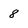
Character: 8